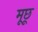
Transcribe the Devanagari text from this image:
मूछू